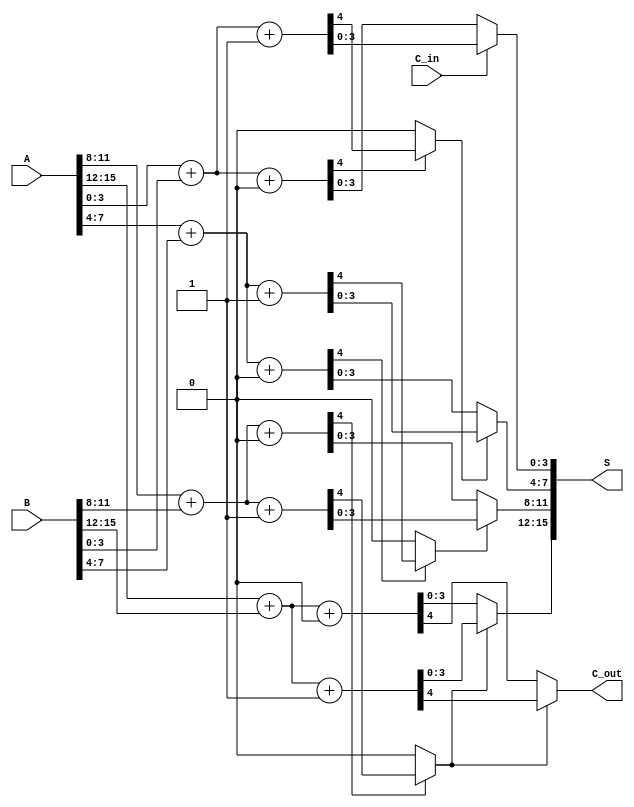
module CarrySelectAdder #(parameter n = 16, k = 4) (
    input  [n-1:0] A,
    input  [n-1:0] B,
    input  C_in,
    output [n-1:0] S,
    output C_out
);
  
    localparam NUM_BLOCKS = n / k; // Number of 4-bit blocks

    // Internal signals
    wire [k-1:0] S0 [0:NUM_BLOCKS-1]; // S when C_in = 0
    wire [k-1:0] S1 [0:NUM_BLOCKS-1]; // S when C_in = 1
    wire C_out0 [0:NUM_BLOCKS-1]; // Carry out when C_in = 0
    wire C_out1 [0:NUM_BLOCKS-1]; // Carry out when C_in = 1
    wire carry [0:NUM_BLOCKS-1]; // Carry from previous block

    generate
        genvar i;
        for (i = 0; i < NUM_BLOCKS; i = i + 1) begin : add_block
            // Compute A[i*k +: k] + B[i*k +: k] with C_in = 0
            wire [k-1:0] A_block = A[i*k +: k];
            wire [k-1:0] B_block = B[i*k +: k];
            reg [k:0] sum0; // k-bit result + carry
            reg [k:0] sum1; // k-bit result + carry

            // Ripple Carry Adder for C_in = 0
            assign sum0 = A_block + B_block + 0; // C_in=0
            assign S0[i] = sum0[k-1:0]; // 0th block S0
            assign C_out0[i] = sum0[k]; // 0th block carry-out

            // Ripple Carry Adder for C_in = 1
            assign sum1 = A_block + B_block + 1; // C_in=1
            assign S1[i] = sum1[k-1:0]; // 0th block S1
            assign C_out1[i] = sum1[k]; // 0th block carry-out
        end 
    endgenerate

    // Determine the carry for the next block
    assign carry[0] = C_in;
    generate
        for (i = 0; i < NUM_BLOCKS - 1; i = i + 1) begin : carry_select
            assign carry[i + 1] = C_out0[i] ? C_out1[i] : C_out0[i];
        end 
    endgenerate

    // Multiplexer selection based on carry
    generate
        for (i = 0; i < NUM_BLOCKS; i = i + 1) begin : mux_select
            assign S[i*k +: k] = carry[i] ? S1[i] : S0[i];
        end 
    endgenerate

    assign C_out = carry[NUM_BLOCKS - 1] ? C_out1[NUM_BLOCKS - 1] : C_out0[NUM_BLOCKS - 1];

endmodule